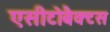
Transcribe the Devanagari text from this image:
एसीटोबैक्टस